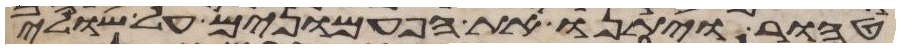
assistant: טהור ויתנו את הפעמונים על שולי